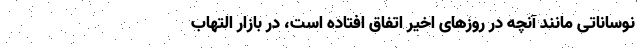
نوساناتی مانند آنچه در روزهای اخیر اتفاق افتاده است، در بازار التهاب